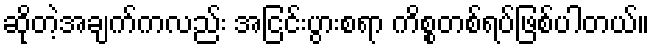
ဆိုတဲ့အချက်ကလည်း အငြင်းပွားစရာ ကိစ္စတစ်ရပ်ဖြစ်ပါတယ်။